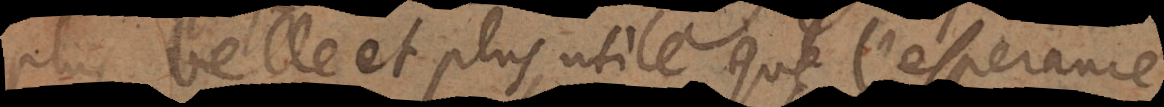
plus belle et plus utile que l’esperance,